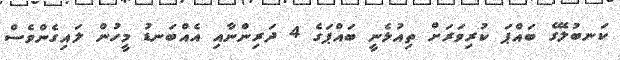
ކަނބުލޭގެ ބައްޕަ ކުރިވަރަށް ތިއުޅެނީ ބައްޕަގެ 4 ދަރިންނާއި އެއްބަނޑު މީހުން ލައިގެންވެސް